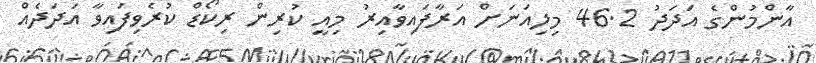
އާންމުންގެ އަދަދު 46.2 މިލިއަނަށް އަރާފައިވާއިރު މިއީ ކުރިން ރިކޯޑް ކުރެވިފައިވާ އަދަދެއް